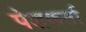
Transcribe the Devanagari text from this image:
पेशकर्ता